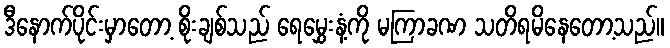
ဒီနောက်ပိုင်းမှာတော့ စိုးချစ်သည် ရေမွှေးနံ့ကို မကြာခဏ သတိရမိနေတော့သည်။